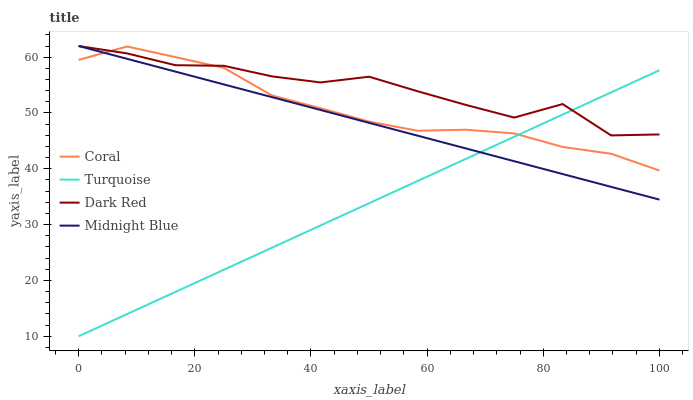
| xaxis_label | Coral | Turquoise | Dark Red | Midnight Blue |
 | --- | --- | --- | --- | --- |
 | 0 | 59.5 | 10 | 62 | 62 |
 | 8.33 | 61.9 | 14 | 60.7 | 59.7 |
 | 16.7 | 60 | 17.9 | 58.6 | 57.4 |
 | 25 | 58.1 | 21.9 | 58.5 | 55.1 |
 | 33.3 | 53.1 | 25.9 | 56.6 | 52.8 |
 | 41.7 | 50.8 | 29.9 | 55.5 | 50.5 |
 | 50 | 48.5 | 33.8 | 56.5 | 48.2 |
 | 58.3 | 46.8 | 37.8 | 53.9 | 45.9 |
 | 66.7 | 47 | 41.8 | 51.4 | 43.7 |
 | 75 | 46.3 | 45.7 | 49.2 | 41.4 |
 | 83.3 | 43.9 | 49.7 | 51.6 | 39.1 |
 | 91.7 | 42.7 | 53.7 | 46 | 36.8 |
 | 100 | 39.7 | 57.7 | 46.2 | 34.5 |